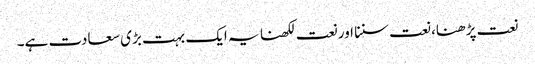
نعت پڑھنا، نعت سننا اور نعت لکھنا یہ ایک بہت بڑی سعادت ہے۔